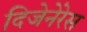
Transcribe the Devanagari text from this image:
दिजेनेरेस